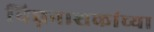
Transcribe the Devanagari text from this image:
विघ्ननाशकांच्या